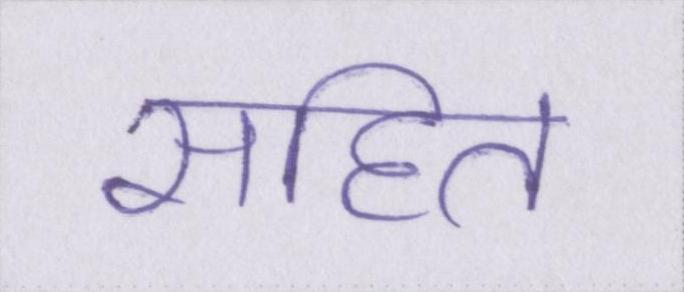
सहित